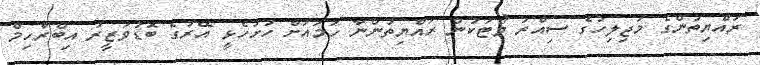
ރައްޔިތުންގެ މަޖިލިހުގެ ސިއްރު ވޯޓަކުން ރައްޔިތުންނާ ހަމައަށް ހުށަހެޅީ އޭރުގެ ބޮޑުވަޒީރު އިބްރާހިމް